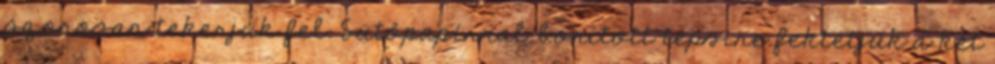
szorosan tekerjük fel. Sütőpapírral borított tepsire fektetjük a két